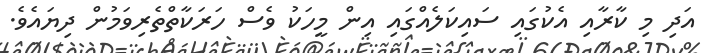
އަދި މި ކާރާއި އެކުގައި ސައިކަލެއްގައި އިން މީހަކު ވެސް ހަރަކާތްތެރިވަމުން ދިޔައެވެ.